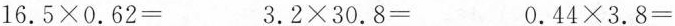
16.5\times0.62= 3.2\times30.8= 0.44\times3.8=